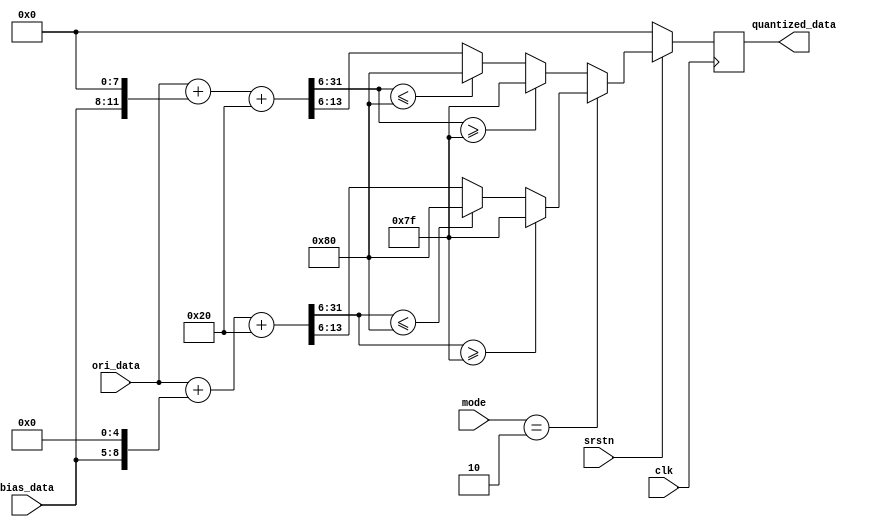
module quantize(
input clk,
input srstn,
input signed [3:0] bias_data,
input signed [31:0] ori_data,
input [1:0] mode,
output reg [7:0] quantized_data
);

localparam IDLE = 0, CONV1 = 1, CONV2 = 2, DONE = 3;

localparam WEIGHT_BW = 4;
localparam CONV1_WEIGHT_FL = 3,CONV2_WEIGHT_FL = 5, FC1_WEIGHT_FL = 6,SCORE_WEIGHT_FL = 4;

localparam max_val = 127,min_val = -128;
localparam DATA_BW = 8;
localparam CONV1_DATA_IN_FL = 8,CONV1_DATA_OUT_FL = 5;
localparam CONV2_DATA_IN_FL = 5,CONV2_DATA_OUT_FL = 4;
localparam FC1_DATA_IN_FL = 4, FC1_DATA_OUT_FL = 4;
localparam SCORE_DATA_IN_FL = 4, SCORE_DATA_OUT_FL = 3;

reg signed [31:0] bias_extend;
reg signed [31:0] ori_round_data;
reg signed [31:0] ori_shifted_data;
reg [7:0] n_quantized_data;

//quantize the data form 32 bit to 8 bit
always@* begin
	if (mode == CONV2) begin
	    bias_extend = {{28{bias_data[3]}},bias_data} <<< CONV2_DATA_IN_FL;
	    ori_round_data = ori_data + bias_extend + (1 << (CONV2_WEIGHT_FL+CONV2_DATA_IN_FL-1-CONV2_DATA_OUT_FL));
	    ori_shifted_data = ori_round_data >>> (CONV2_WEIGHT_FL+CONV2_DATA_IN_FL-CONV2_DATA_OUT_FL);
	    if(ori_shifted_data >= max_val) n_quantized_data = max_val;
	    else if(ori_shifted_data <= min_val) n_quantized_data = min_val;
	    else n_quantized_data = ori_shifted_data[7:0];
	    end
    else begin
    	bias_extend = {{28{bias_data[3]}},bias_data} <<< CONV1_DATA_IN_FL;
    	ori_round_data = ori_data + bias_extend + (1 << (CONV1_WEIGHT_FL+CONV1_DATA_IN_FL-1-CONV1_DATA_OUT_FL));
    	ori_shifted_data = ori_round_data >>> (CONV1_WEIGHT_FL+CONV1_DATA_IN_FL-CONV1_DATA_OUT_FL);
    	if(ori_shifted_data >= max_val) n_quantized_data = max_val;
    	else if(ori_shifted_data <= min_val) n_quantized_data = min_val;
    	else n_quantized_data = ori_shifted_data[7:0];
    end
end

always@(posedge clk) begin
	if(~srstn) begin
		quantized_data <= 0;
	end
	else begin
		quantized_data <= n_quantized_data;
	end
end

endmodule